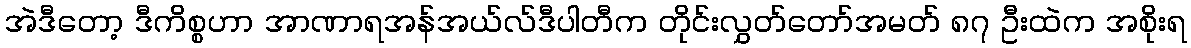
အဲဒီတော့ ဒီကိစ္စဟာ အာဏာရအန်အယ်လ်ဒီပါတီက တိုင်းလွှတ်တော်အမတ် ၈၇ ဦးထဲက အစိုးရ